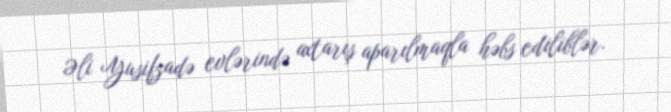
Əli Yusifzadə evlərində axtarış aparılmaqla həbs ediliblər.